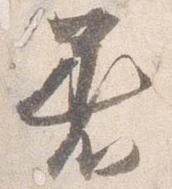
着